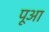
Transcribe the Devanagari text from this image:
पूआ